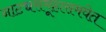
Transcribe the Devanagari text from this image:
नाट्यसमूहासमवेत